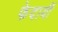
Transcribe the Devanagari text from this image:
फेदायीं